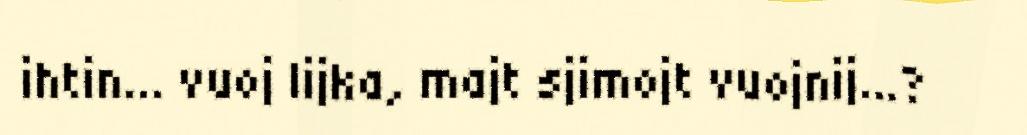
ihtin... vuoj lijka, majt sjimojt vuojnij...?